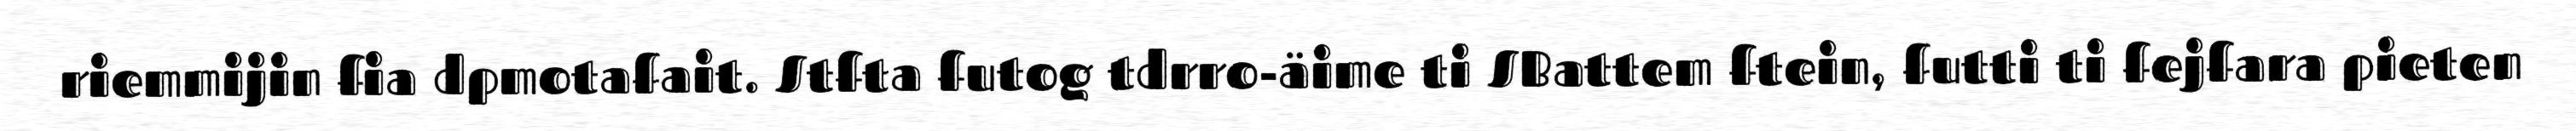
riemmijin fia dpmotafait. Stfta futog tdrro-äime ti SBattem ftein, futti ti fejfara pieten